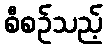
စီစဉ်သည့်